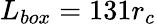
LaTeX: L_{box}=131r_{c}